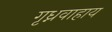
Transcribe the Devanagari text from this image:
गृध्नवाहाय